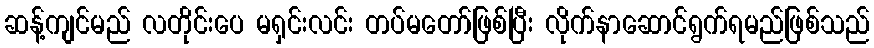
ဆန့်ကျင်မည် လတိုင်းပေ မရှင်းလင်း တပ်မတော်ဖြစ်ပြီး လိုက်နာဆောင်ရွက်ရမည်ဖြစ်သည်